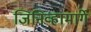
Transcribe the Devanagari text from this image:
जिनिव्हामार्गे